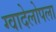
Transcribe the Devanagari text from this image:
ग्वादेलोपला